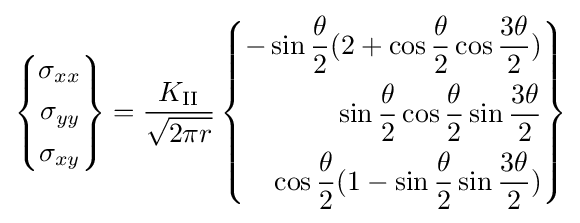
\left\{{\begin{aligned}\sigma _{xx}\\\sigma _{yy}\\\sigma _{xy}\end{aligned}}\right\}={\frac {K_{\rm {II}}}{\sqrt {2\pi r}}}\left\{{\begin{aligned}-\sin {\frac {\theta }{2}}(2+\cos {\frac {\theta }{2}}\cos {\frac {3\theta }{2}})\\\sin {\frac {\theta }{2}}\cos {\frac {\theta }{2}}\sin {\frac {3\theta }{2}}\\\cos {\frac {\theta }{2}}(1-\sin {\frac {\theta }{2}}\sin {\frac {3\theta }{2}})\end{aligned}}\right\}